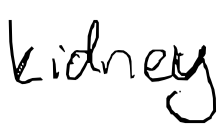
Text: kidney
Cross-out: clean
Writing tool: digital_black